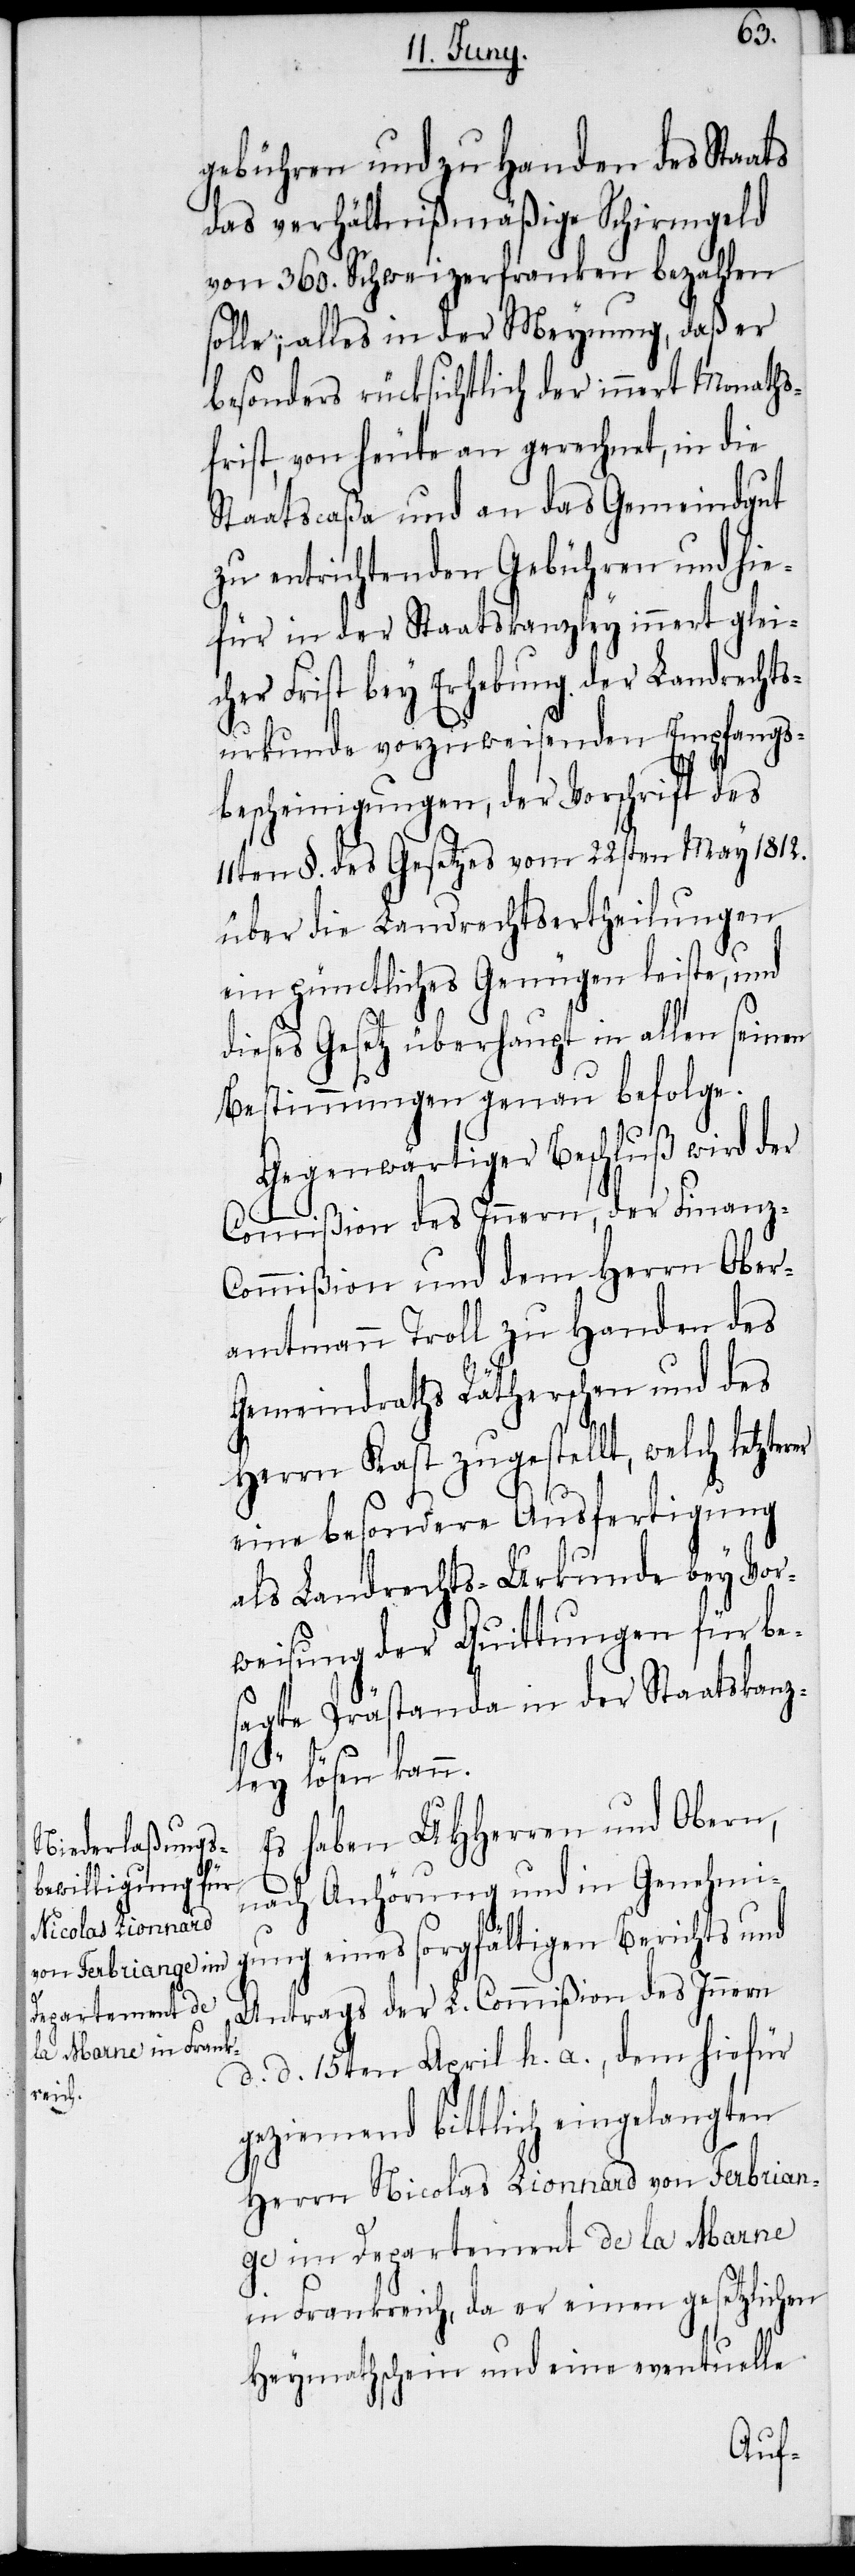
gebühren und zu Handen des Staats
das verhältnißmäßige Schirmgeld
von 360. Schweizerfranken bezahlen
solle; alles in der Meynung, daß er
besonders rücksichtlich der innert Monaths¬
frist, von heute an gerechnet, in die
Staatscaßa und an das Gemeindgut
zu entrichtenden Gebühren und hie¬
für in der Staatskanzley innert glei¬
cher Frist bey Erhebung der Landrechts¬
urkunde vorzuweisenden Empfangs¬
bescheinigungen, der Vorschrift des
11ten §. des Gesetzes vom 22sten May 1812.
über die Landrechtsertheilungen
ein pünctliches Genügen leiste, und
dieses Gesetz überhaupt in allen sein¬
Bestimmungen genau befolge.
Gegenwärtiger Beschluß wird der
Commißion des Innern, der Finanz-C¬
ommißion und dem Herrn Ober¬
amtmann Troll zu Handen des
Gemeindraths Rätherschen und des
Herrn Kast zugestellt, welch letzte¬
eine besondere Ausfertigung
als Landrechts-Urkunde bey Vor¬
weisung der Quittungen für bes¬
agte Prästanda in der Staatskanz¬
ley lösen kann.
Es haben UHHerren und Obern,
rer
nach Anhörung und in Genehmi¬
gung eines sorgfältigen Berichts und
Antrags der L. Commißion des Innern
d. d. 15ten April h. a., dem hiefür
geziemend bittlich eingelangten
Herrn Nicolas Lionnard von Ferbrian¬
ge im Departement de la Marne
in Frankreich, da er einen gesetzlichen
Heymathschein und eine eventuelle